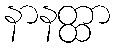
နာနတ္ထာ